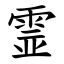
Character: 霊